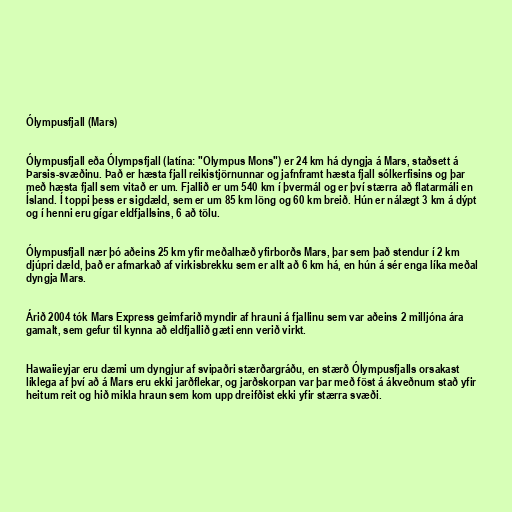
Ólympusfjall (Mars)

Ólympusfjall eða Ólympsfjall (latína: "Olympus Mons") er 24 km há dyngja á Mars, staðsett á
Þarsis-svæðinu. Það er hæsta fjall reikistjörnunnar og jafnframt hæsta fjall sólkerfisins og þar
með hæsta fjall sem vitað er um. Fjallið er um 540 km í þvermál og er því stærra að flatarmáli en
Ísland. Í toppi þess er sigdæld, sem er um 85 km löng og 60 km breið. Hún er nálægt 3 km á dýpt
og í henni eru gígar eldfjallsins, 6 að tölu.

Ólympusfjall nær þó aðeins 25 km yfir meðalhæð yfirborðs Mars, þar sem það stendur í 2 km
djúpri dæld, það er afmarkað af virkisbrekku sem er allt að 6 km há, en hún á sér enga líka meðal
dyngja Mars.

Árið 2004 tók Mars Express geimfarið myndir af hrauni á fjallinu sem var aðeins 2 milljóna ára
gamalt, sem gefur til kynna að eldfjallið gæti enn verið virkt.

Hawaiieyjar eru dæmi um dyngjur af svipaðri stærðargráðu, en stærð Ólympusfjalls orsakast
líklega af því að á Mars eru ekki jarðflekar, og jarðskorpan var þar með föst á ákveðnum stað yfir
heitum reit og hið mikla hraun sem kom upp dreifðist ekki yfir stærra svæði.